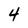
Character: 4